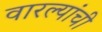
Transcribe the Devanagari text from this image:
वारल्यांची